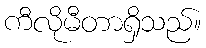
ကီလိုမီတာရှိသည်။